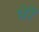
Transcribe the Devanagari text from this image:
भेरैं